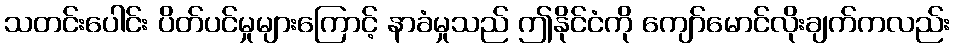
သတင်းပေါင်း ပိတ်ပင်မှုများကြောင့် နာခံမှုသည် ဤနိုင်ငံကို ကျော်မောင်လိုးချက်ကလည်း